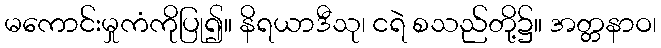
မကောင်းမှုကံကိုပြု၍။ နိရယာဒီသု၊ ငရဲ စသည်တို့၌။ အတ္တနာဝ၊